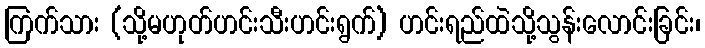
ကြက်သား (သို့မဟုတ်ဟင်းသီးဟင်းရွက်) ဟင်းရည်ထဲသို့သွန်းလောင်းခြင်း၊